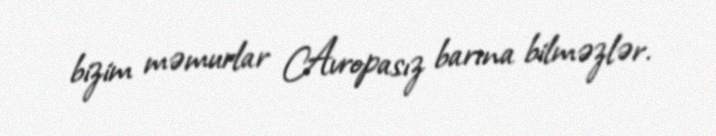
bizim məmurlar Avropasız barına bilməzlər.